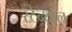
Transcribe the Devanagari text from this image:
स्टेन्थॉल